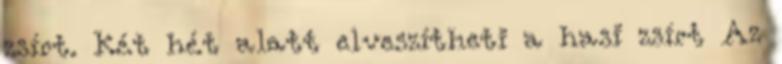
zsírt. Két hét alatt elveszítheti a hasi zsírt Az